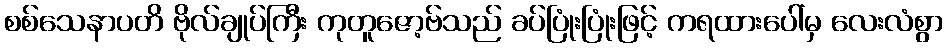
စစ်သေနာပတိ ဗိုလ်ချုပ်ကြီး ကုတူဇော့ဗ်သည် ခပ်ပြုံးပြုံးဖြင့် ကရထားပေါ်မှ လေးလံစွာ